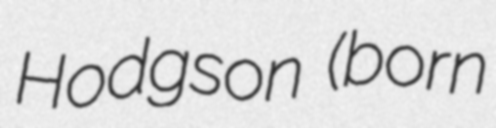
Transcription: Hodgson (born